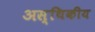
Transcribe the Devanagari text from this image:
अस्थिकीय